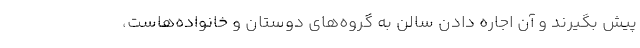
پیش بگیرند و آن اجاره دادن سالن به گروه‌های دوستان و خانواده‌هاست،